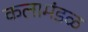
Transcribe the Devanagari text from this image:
कलामंडळ